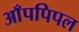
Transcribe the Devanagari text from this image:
आँपपिपल